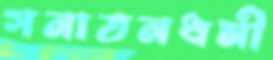
সনাতনধর্মী